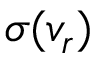
\sigma ( v _ { r } )